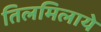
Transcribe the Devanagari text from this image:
तिलमिलाये